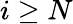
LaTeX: i\geq N